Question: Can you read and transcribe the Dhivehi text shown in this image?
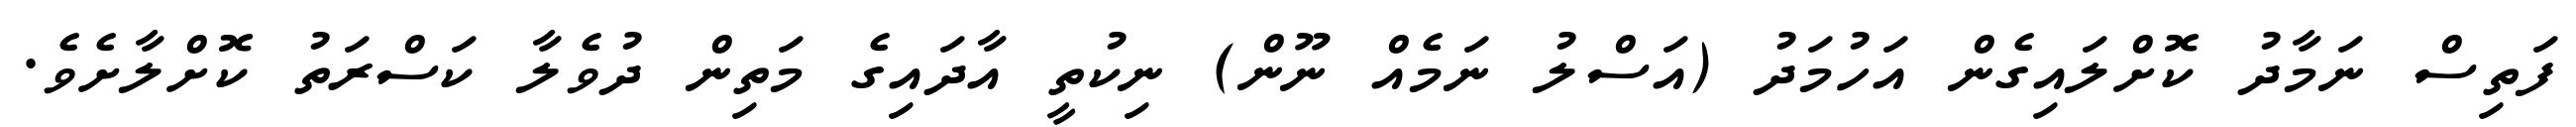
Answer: ފަތިސް ނަމާދު ކޮށްލައިގެން އަހުމަދު (އަސްލު ނަމެއް ނޫން) ނިކުތީ އާދައިގެ މަތިން ދުވެލާ ކަސްރަތު ކޮށްލާށެވެ.